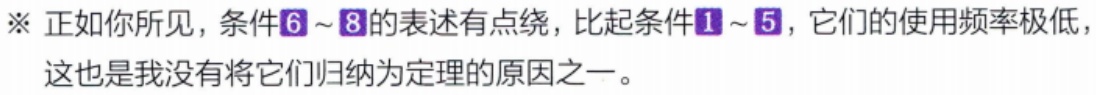
※ 正如你所见，条件\(6\sim8\)的表述有点绕，比起条件\(1\sim5\)，它们的使用频率极低，这也是我没有将它们归纳为定理的原因之一。